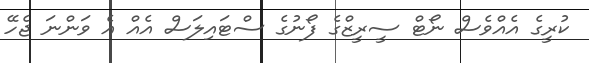
ކުރީގެ އެއްވެސް ނޯޓް ސީރީޒްގެ ފޯނުގެ ސްޓައިލަސް އެއް އެ ވަންނަ ޖެހޭ